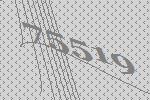
75519